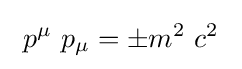
\ p^{\mu }\ p_{\mu }=\pm m^{2}\ c^{2}\